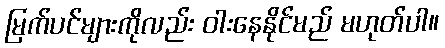
မြက်ပင်များကိုလည်း ဝါးနေနိုင်မည် မဟုတ်ပါ။